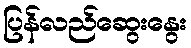
ပြန်လည်ဆွေးနွေး